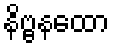
နိဗ္ဗနထော